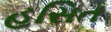
હસિત